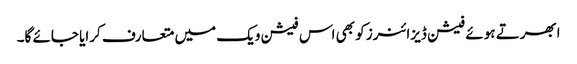
ابھرتے ہوئے فیشن ڈیزائنرز کو بھی اس فیشن ویک میں متعارف کرایا جائے گا۔